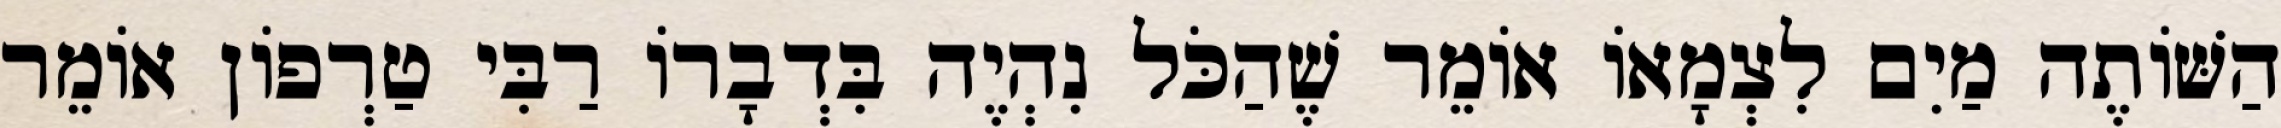
הַשּׁוֹתֶה מַיִם לִצְמָאוֹ אוֹמֵר שֶׁהַכֹּל נִהְיֶה בִּדְבָרוֹ רַבִּי טַרְפוֹן אוֹמֵר